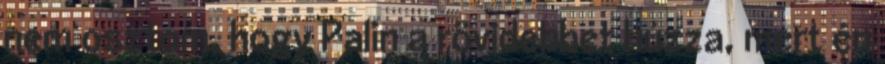
nem osztom, hogy Palin a rövidebbet húzza, mert én